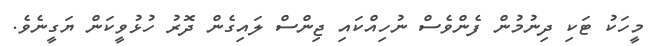
މީހަކު ޓަކި ދިނުމުން ފެންވެސް ނުހިއްކައި ޖިންސް ލައިގެން ދޮރު ހުޅުވީކަން ޔަގީނެވެ.